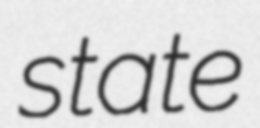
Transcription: state